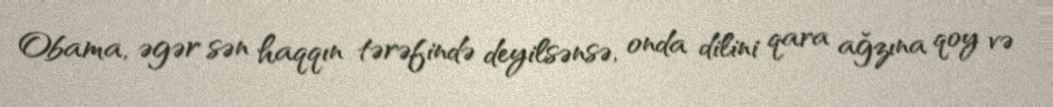
Obama, əgər sən haqqın tərəfində deyilsənsə, onda dilini qara ağzına qoy və